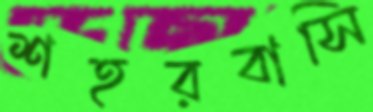
শহরবাসি